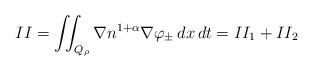
LaTeX: \begin{align*}II = \iint_{Q_{\rho}} \nabla n^{1+\alpha} \nabla \varphi_{\pm}\,dx\,dt = II_1 + II_2\end{align*}